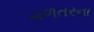
ગળતરના